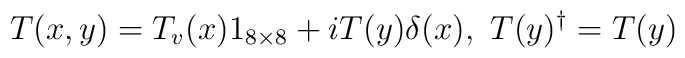
T(x,y)=T_v(x)1_{8\times 8}+iT(y)\delta(x), \ T(y)^{\dag}=T(y)